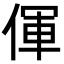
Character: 㑮